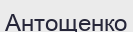
Антощенко